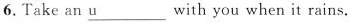
6. Take an \underline{u} with you when it rains.